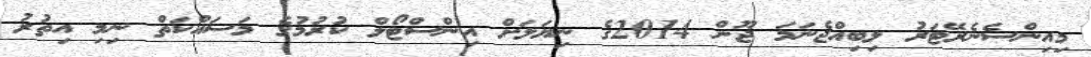
މިއިންސެނެރޭޓަރު ލިބިއްޖެނަމަ ޖޫން 2014ގެ ނިޔަލަށް އިންސްޓޯލް ކުރުމުގެ މަސައްކަތް ނިމި އިތުރު